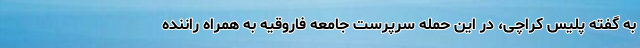
به گفته پلیس کراچی، در این حمله سرپرست جامعه فاروقیه به همراه راننده